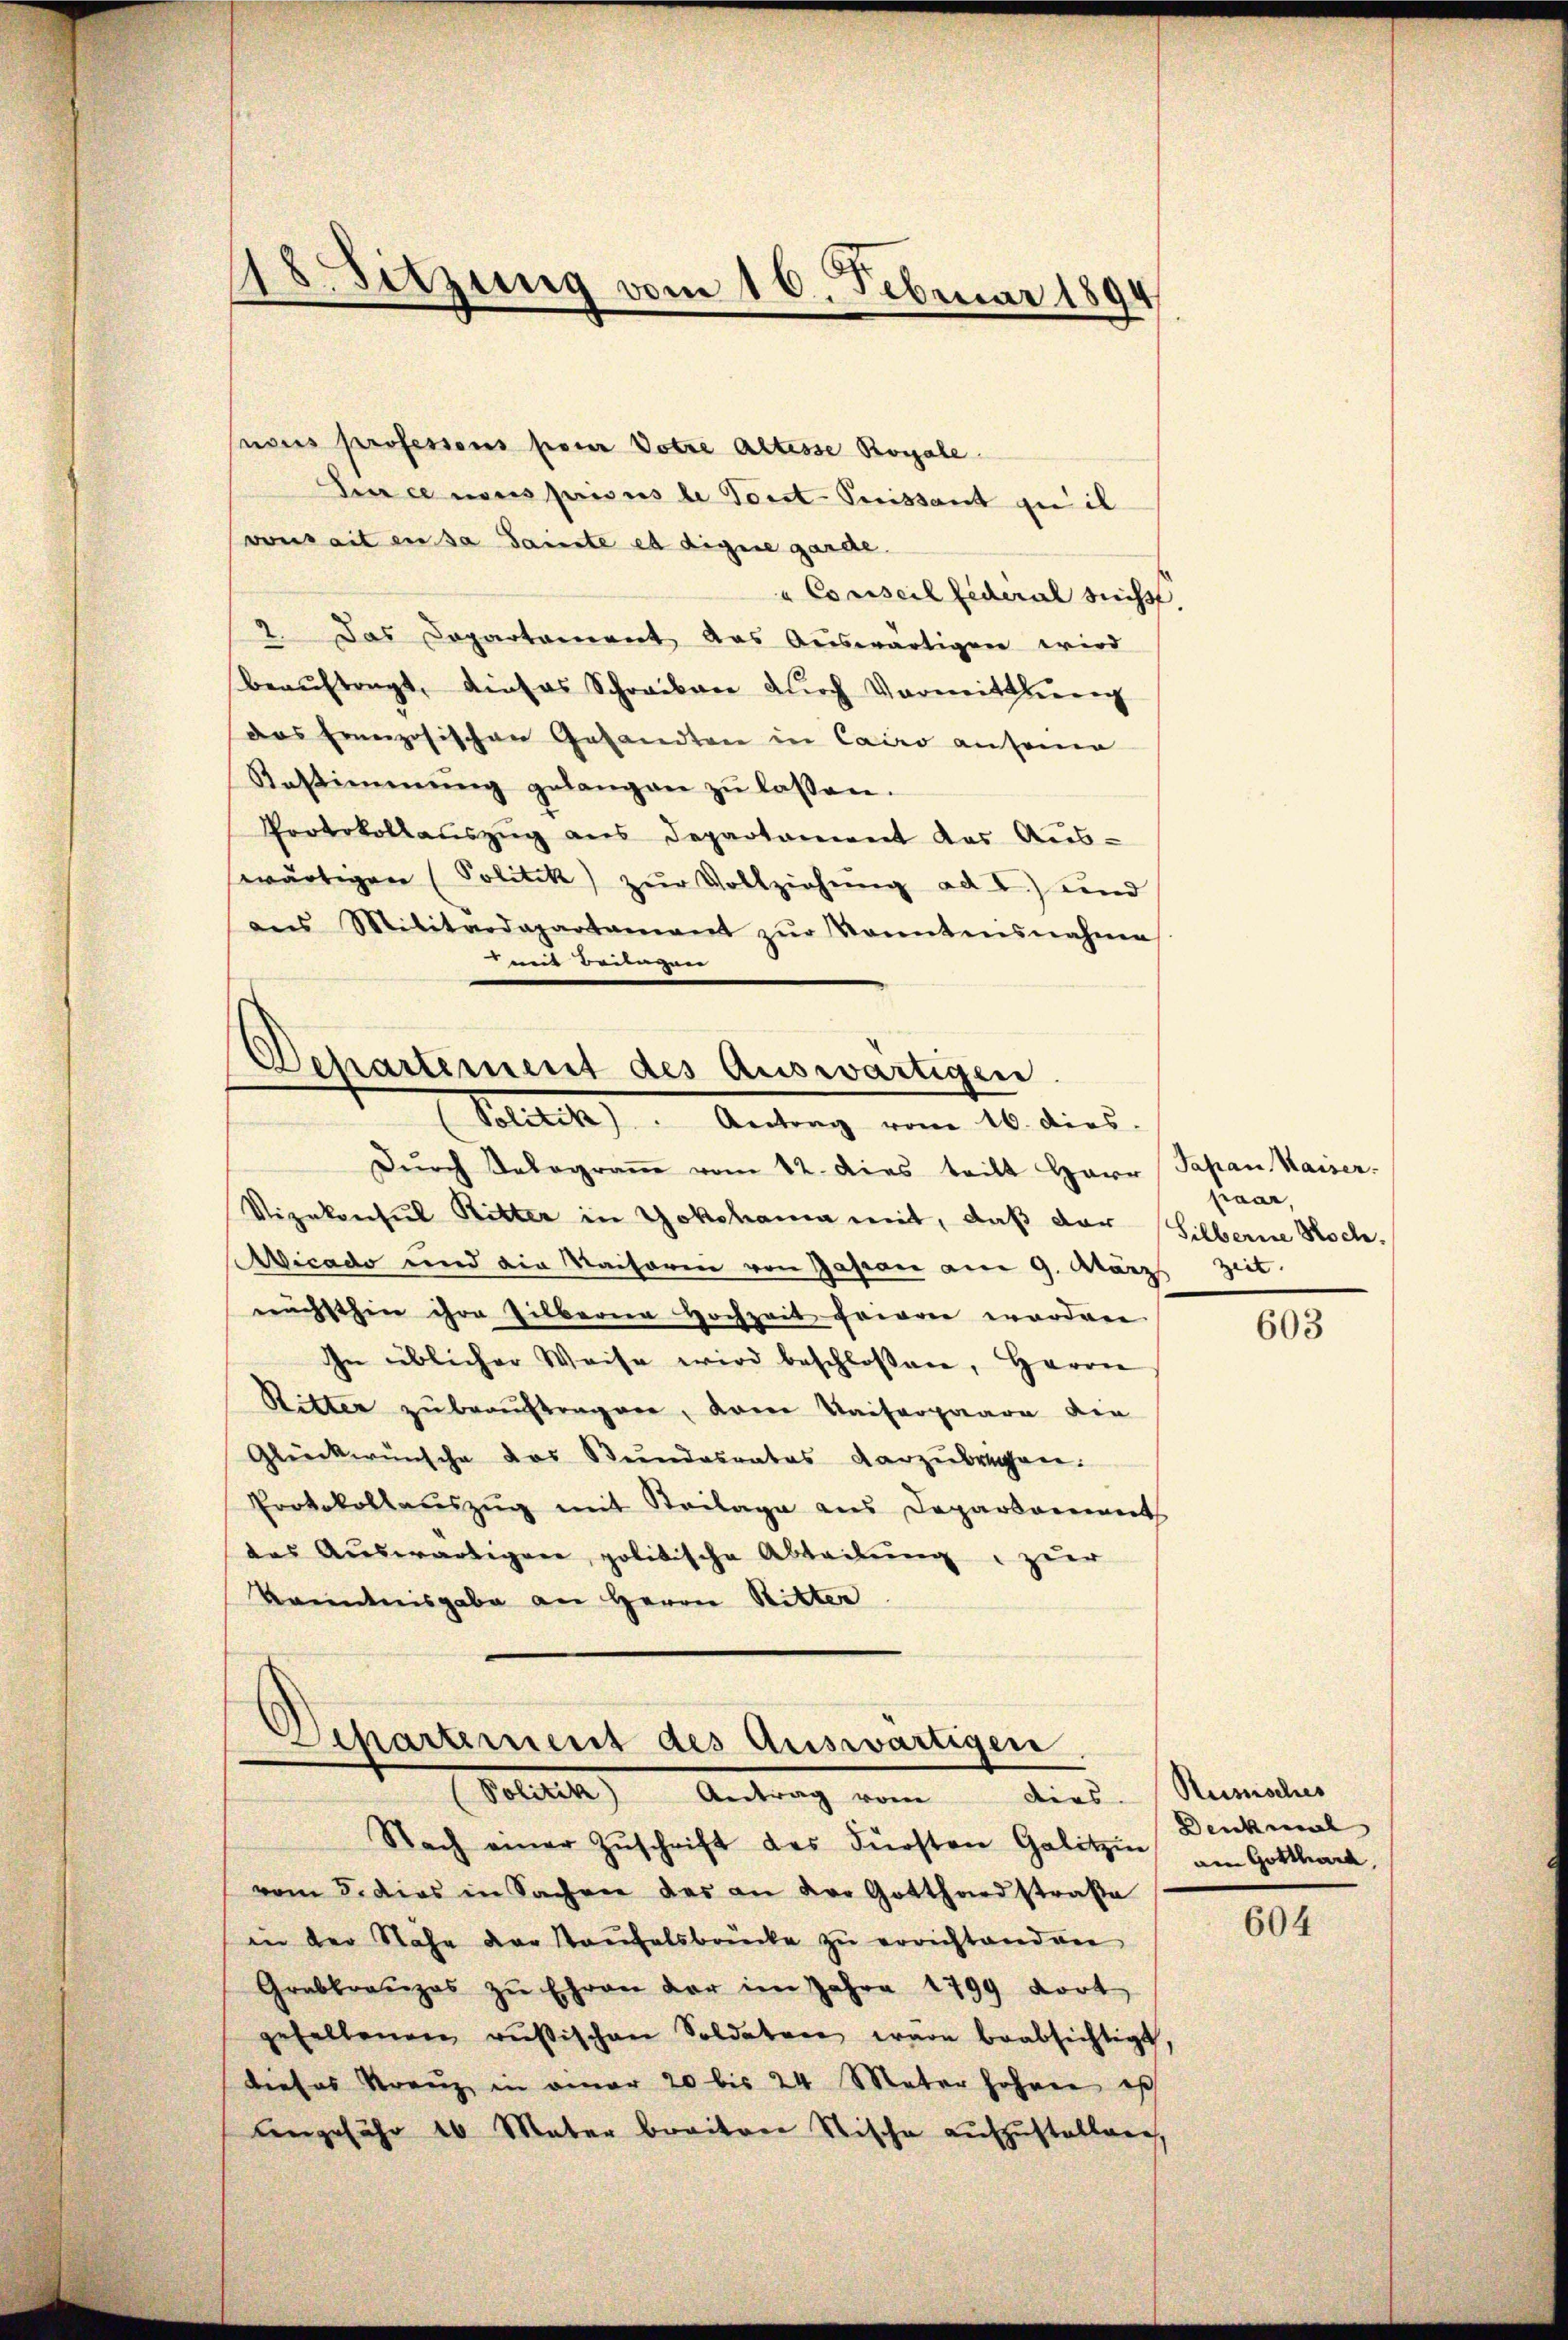
18. Sitzung vom 16. Februar 1894

nous professoris pour Dotre altesse Royale.
Dur ce neues prisus de Geist-Puissant zu ih
vonseit en sa Saumste es digine garde.
a Conseil Federal sucht.
2. Das Capartament das Aŭswärtigen wird
beaŭftragt, dieses Schreiben durch Vormittlung
das französischen Gesandten in Cairo anseine
Anstimmung gelangen zŭ lassen.
Protokollaŭszŭg aŭs Departament des Aŭs-
wärtigen (Politik zŭr Vollziehŭng ad I.) und
ans Militärdepartamant zŭr Sonntensnahme
mit Beilagen

Departement des Auswärtigen
(Politik. Antrag vom 16. dies

Dŭrch Velograṁ vom 12. dies teilt Herr Papan Waiser-
Vizekonsul Ritter in Yokohama mit, daß dar
Aicado und die Kaiseren von Gasian am 9. März Zeit.
nächsthin ihre Gilbaren Hochzeit froren worden
In üblicher Weise wird beschloßen, Herrn
Ritter zu beauftragen, dann Kaiserpaare die
Glückwünsche das Bundesrates darzubrigen.
Protokollaŭszŭg mit Steilage aus Departament
das Auswärtigen politische Abteilung zur
kanntnisgabe an Herrn Ritter

Departement des Auswärtigen
Politik) Antrag vom

Nach einer Zŭschrift des Fürsten Gelitzin am Gottlied
vom 5. dies in Sachen des an der Gotthardstraße
in der Nahe der Taufelsbrücke zu errichtanden
Grabkreuzes zŭ Ehren der im Jahre 1799 dort
gefallenen russischen Soldaten wäre beabsichtigt,
dieses Kranz in amer 20 bis 24 Mater hohnen es
angefähr 16 Mater breiten Stische aufzustellung,

haar,
Silberne Hoch.

603

dirs. Russisches
Denkmal

604